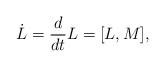
LaTeX: \begin{align*}\dot{L}={d\over{dt}}L=[L,M], \end{align*}